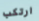
ارتكب